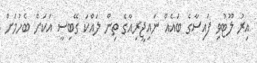
އިރު ލޫޓުވި ފައިސާގެ ބައެއް ނައިޖީރިއާގެ ތިން ލައްކަ ގޭބިސީ އަކަށް ބެހުމަށް